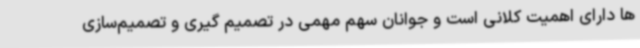
ها دارای اهمیت کلانی است و جوانان سهم مهمی در تصمیم گیری و تصمیم‌سازی